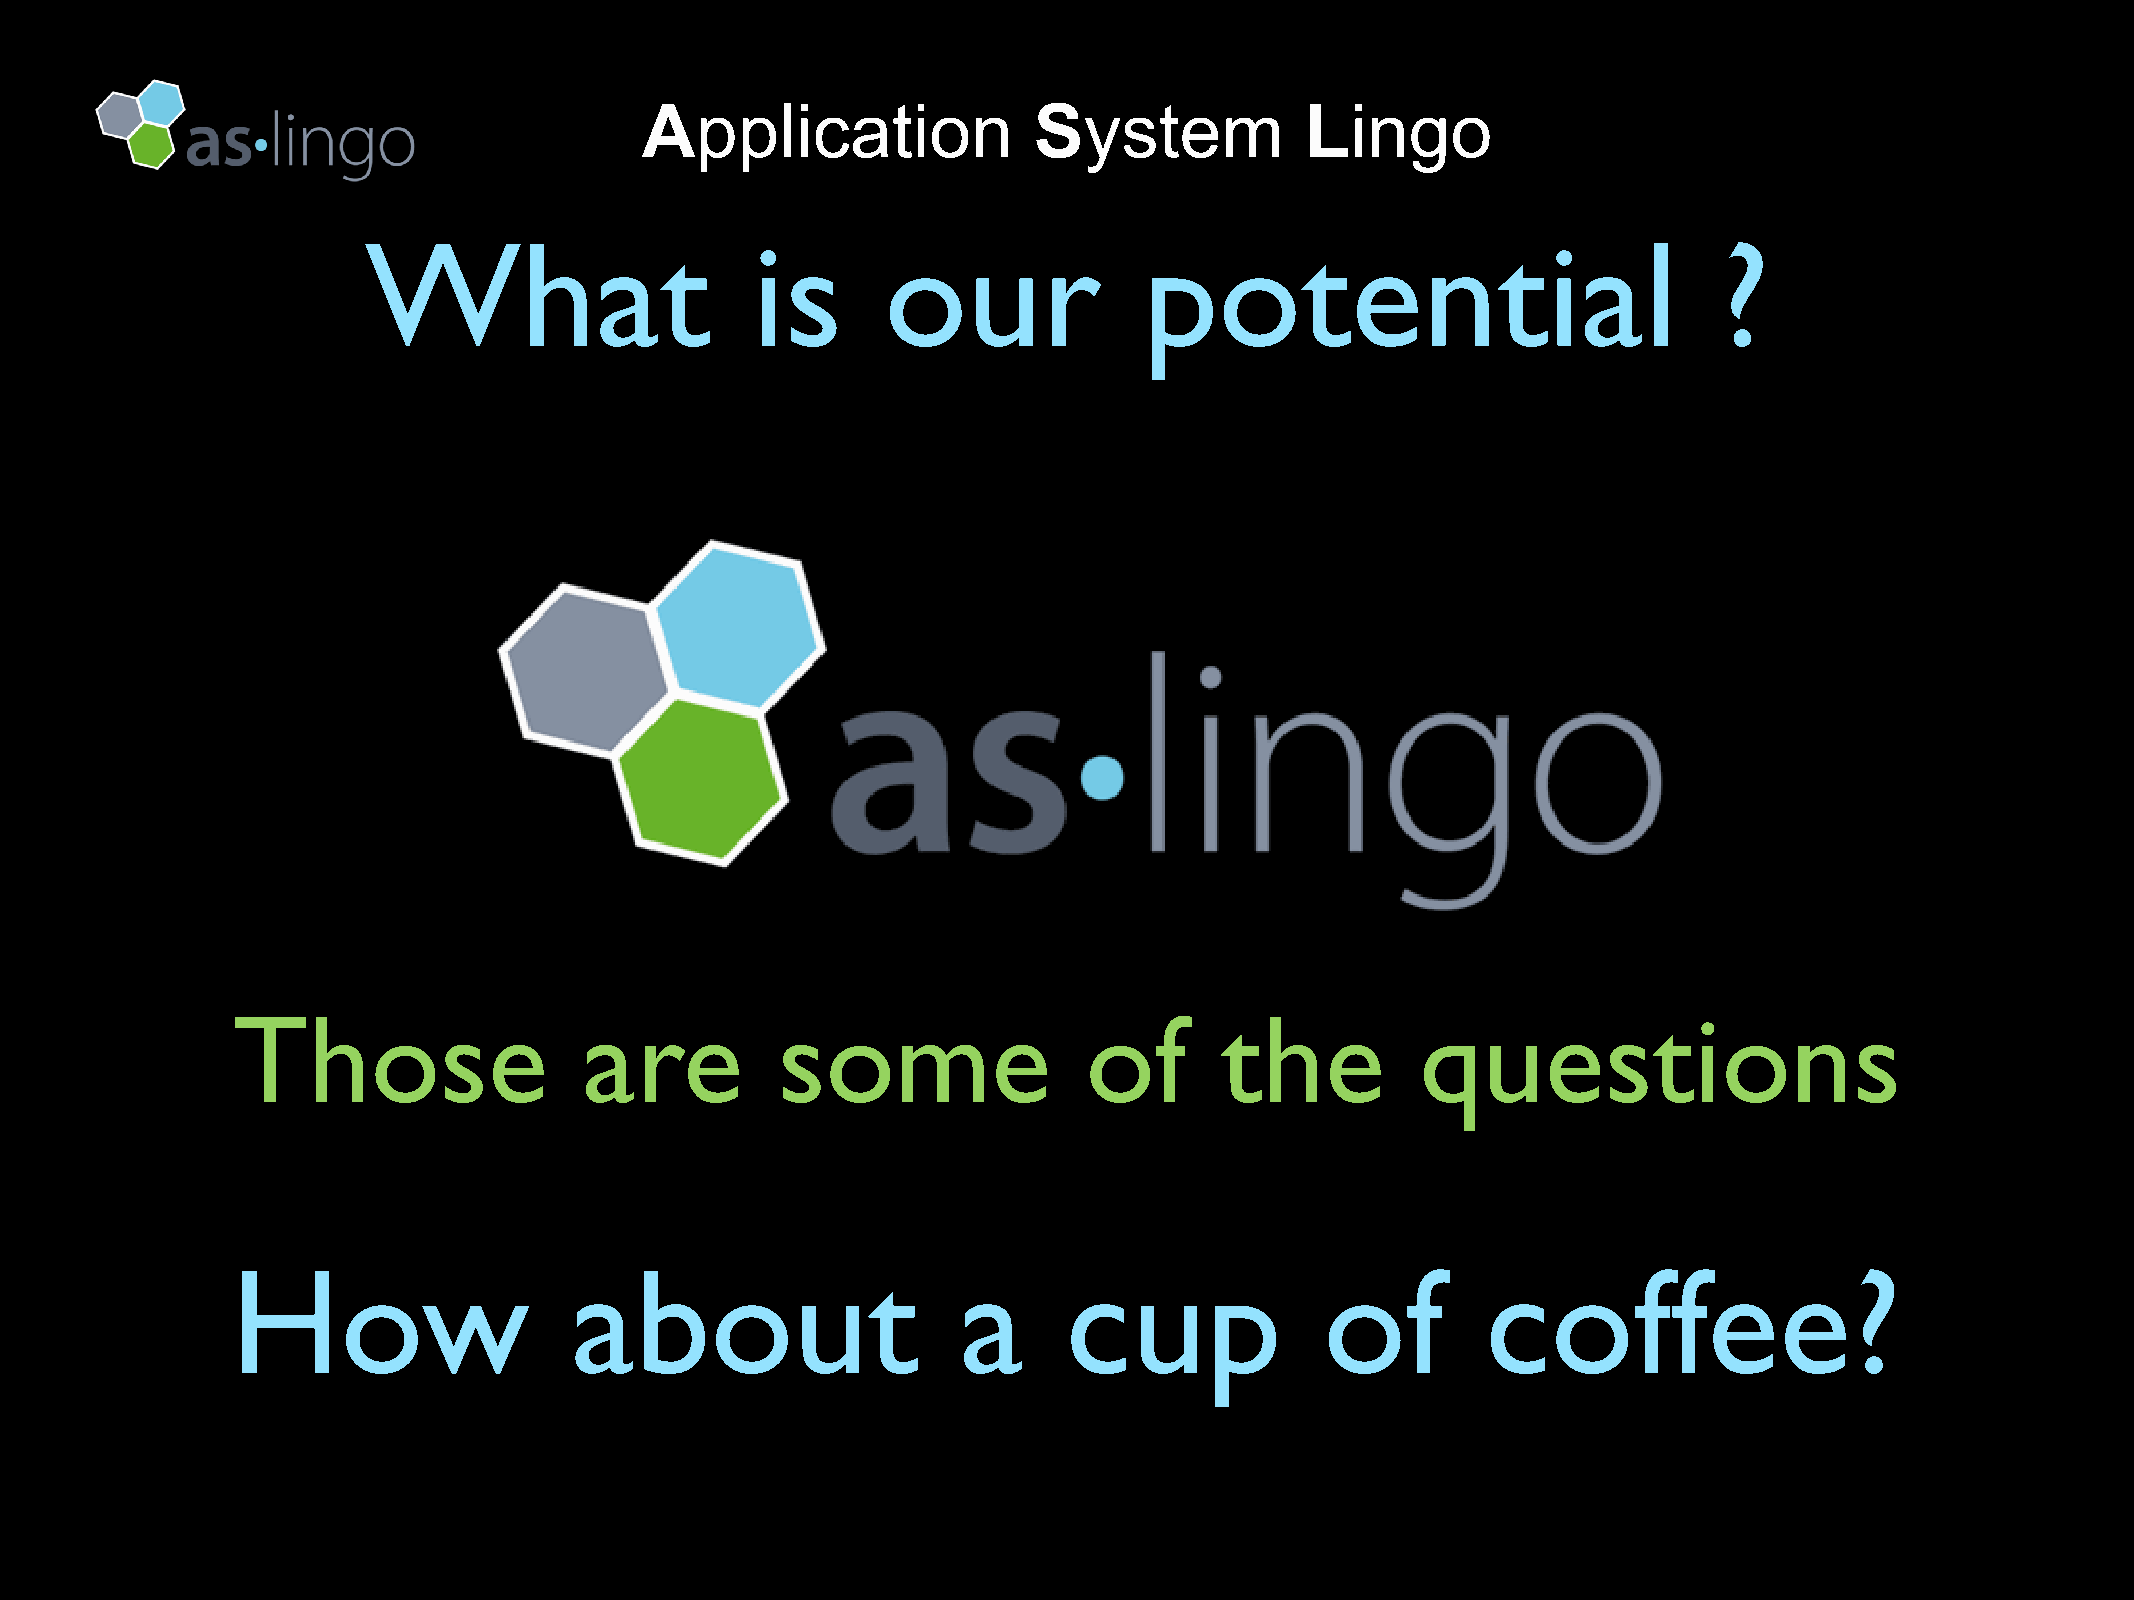
Application               System            Lingo
 What                      is       our              potential                             ?
 Those                   are         some                 of       the          questions
 How                    about                     a      cup              of        coffee?